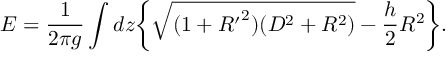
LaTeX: E = \frac { 1 } { 2 \pi g } \int d z \bigg \{ \sqrt { ( 1 + { R ^ { \prime } } ^ { 2 } ) ( D ^ { 2 } + R ^ { 2 } ) } - \frac { h } { 2 } R ^ { 2 } \bigg \} .